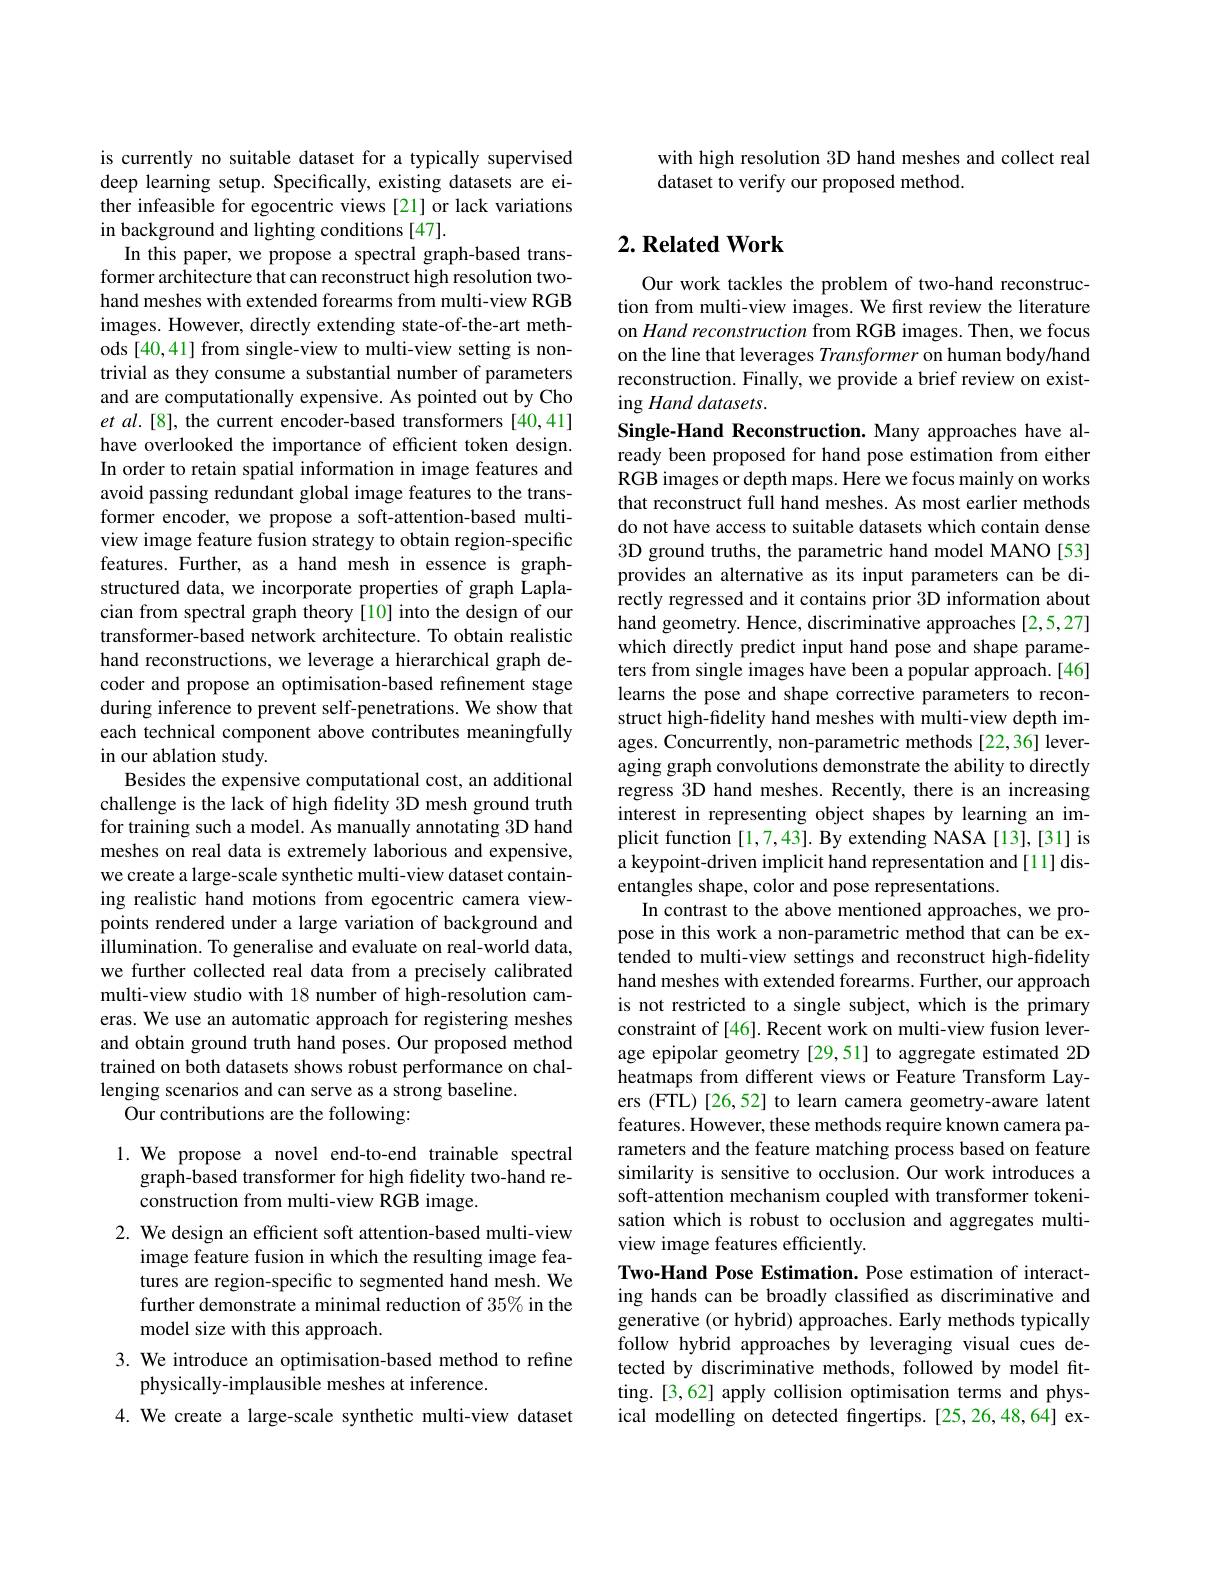
is currently no suitable dataset for a typically supervised deep learning setup. Specifically, existing datasets are either infeasible for egocentric views [21] or lack variations in background and lighting conditions [47].
In this paper, we propose a spectral graph-based transformer architecture that can reconstruct high resolution twohand meshes with extended forearms from multi-view RGB images. However, directly extending state-of-the-art methods [40,41] from single-view to multi-view setting is nontrivial as they consume a substantial number of parameters and are computationally expensive. As pointed out by Cho et al.[8], the current encoder-based transformers [40,41] have overlooked the importance of efficient token design. In order to retain spatial information in image features and avoid passing redundant global image features to the transformer encoder, we propose a soft-attention-based multiview image feature fusion strategy to obtain region-specific features. Further, as a hand mesh in essence is graphstructured data, we incorporate properties of graph Laplacian from spectral graph theory [10] into the design of our transformer-based network architecture. To obtain realistic hand reconstructions, we leverage a hierarchical graph decoder and propose an optimisation-based refinement stage during inference to prevent self-penetrations. We show that each technical component above contributes meaningfully in our ablation study.
Besides the expensive computational cost, an additional challenge is the lack of high fidelity 3D mesh ground truth for training such a model. As manually annotating 3D hand meshes on real data is extremely laborious and expensive, we create a large-scale synthetic multi-view dataset containing realistic hand motions from egocentric camera viewpoints rendered under a large variation of background and illumination. To generalise and evaluate on real-world data, we further collected real data from a precisely calibrated multi-view studio with 18 number of high-resolution cameras. We use an automatic approach for registering meshes and obtain ground truth hand poses. Our proposed method trained on both datasets shows robust performance on challenging scenarios and can serve as a strong baseline.
Our contributions are the following:

1.We propose a novel end-to-end trainable spectral
graph-based transformer for high fidelity two-hand re-
construction from multi-view RGB image.

2. We design an efficient soft attention-based multi-view
image feature fusion in which the resulting image features are region-specific to segmented hand mesh. We further demonstrate a minimal reduction of 35% in the model size with this approach.

3. We introduce an optimisation-based method to refine

physically-implausible meshes at inference.

4. We create a large-scale synthetic multi-view dataset

with high resolution 3D hand meshes and collect real
dataset to verify our proposed method.

## $2. \textbf{Related Work}$

Our work tackles the problem of two-hand reconstruction from multi-view images. We first review the literature on Hand reconstruction from RGB images. Then, we focus on the line that leverages Transformer on human body/hand reconstruction. Finally, we provide a brief review on existing Hand datasets.
Single-Hand Reconstruction. Many approaches have already been proposed for hand pose estimation from either RGB images or depth maps. Here we focus mainly on works that reconstruct full hand meshes. As most earlier methods do not have access to suitable datasets which contain dense 3D ground truths, the parametric hand model MANO[53] provides an alternative as its input parameters can be directly regressed and it contains prior 3D information about hand geometry. Hence, discriminative approaches [2,5,27] which directly predict input hand pose and shape parameters from single images have been a popular approach.[46] learns the pose and shape corrective parameters to reconstruct high-fidelity hand meshes with multi-view depth images. Concurrently, non-parametric methods [22,36] leveraging graph convolutions demonstrate the ability to directly regress 3D hand meshes. Recently, there is an increasing interest in representing object shapes by learning an implicit function [1,7,43]. By extending NASA [13],[31] is a keypoint-driven implicit hand representation and[11] disentangles shape, color and pose representations.
In contrast to the above mentioned approaches, we propose in this work a non-parametric method that can be extended to multi-view settings and reconstruct high-fidelity hand meshes with extended forearms. Further, our approach is not restricted to a single subject, which is the primary constraint of [46]. Recent work on multi-view fusion leverage epipolar geometry [29,51] to aggregate estimated 2D heatmaps from different views or Feature Transform Layers (FTL)[26,52] to learn camera geometry-aware latent features. However, these methods require known camera parameters and the feature matching process based on feature similarity is sensitive to occlusion. Our work introduces a soft-attention mechanism coupled with transformer tokenisation which is robust to occlusion and aggregates multiview image features efficiently.
Two-Hand Pose Estimation. Pose estimation of interacting hands can be broadly classified as discriminative and generative (or hybrid) approaches. Early methods typically follow hybrid approaches by leveraging visual cues detected by discriminative methods, followed by model fitting.[3,62] apply collision optimisation terms and physical modelling on detected fingertips.[25,26,48,64] ex-